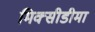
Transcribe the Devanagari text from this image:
मिक्सीडीमा